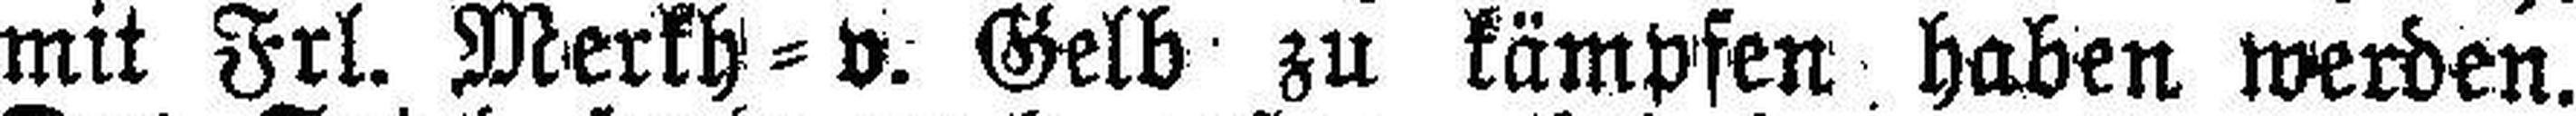
mit Frl. Merkh=v. Gelb zu kämpfen haben werden.